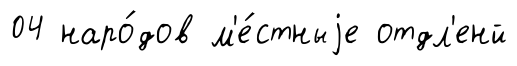
04 наро́дов м'е́стныjе отдл'енй